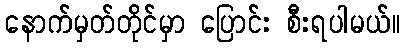
နောက်မှတ်တိုင်မှာ ပြောင်း စီးရပါမယ်။